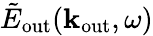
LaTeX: \tilde{E}_{\mathrm{out}}({\mathbf k}_{\mathrm{out}},\omega)